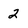
Character: 2